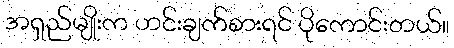
အရှည်မျိုးက ဟင်းချက်စားရင် ပိုကောင်းတယ်။